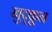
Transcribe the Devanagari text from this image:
खुद्कून